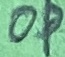
Text: OP